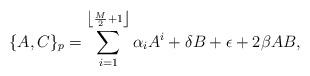
LaTeX: \begin{align*}\{A,C\}_{p}=\sum_{i=1}^{\left\lfloor\frac{M}{2}+1\right\rfloor}\alpha_{i}A^{i}+\delta B +\epsilon +2 \beta AB, \end{align*}